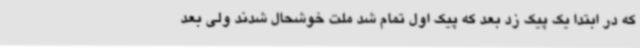
که در ابتدا یک پیک زد بعد که پیک اول تمام شد ملت خوشحال شدند ولی بعد